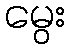
မွေး